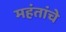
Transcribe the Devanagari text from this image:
महंतांचे